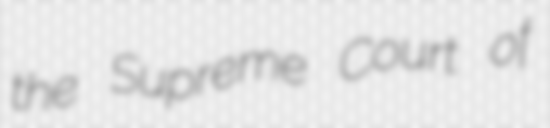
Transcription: the Supreme Court of